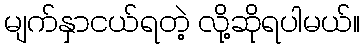
မျက်နှာငယ်ရတဲ့ လို့ဆိုရပါမယ်။